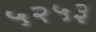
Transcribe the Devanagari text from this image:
५२५३